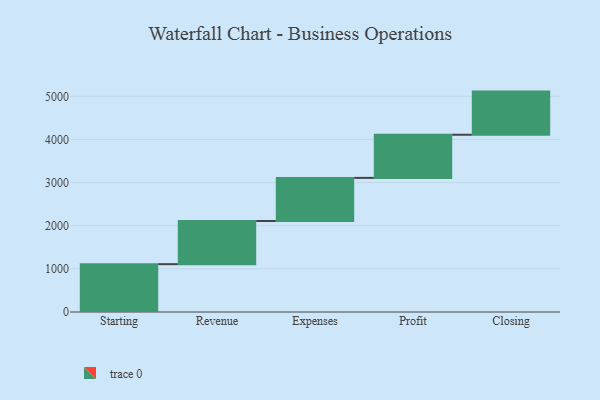
{"axis": {"x": "Step", "y": "Value"}, "legend": [""], "data": [{"x": "Starting", "y": 1109.0, "type": ""}, {"x": "Revenue", "y": 1000, "type": ""}, {"x": "Expenses", "y": 1000, "type": ""}, {"x": "Profit", "y": 1000, "type": ""}, {"x": "Closing", "y": 1000, "type": ""}]}